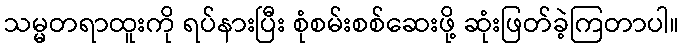
သမ္မတရာထူးကို ရပ်နားပြီး စုံစမ်းစစ်ဆေးဖို့ ဆုံးဖြတ်ခဲ့ကြတာပါ။